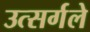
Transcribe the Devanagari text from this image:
उत्सर्गले